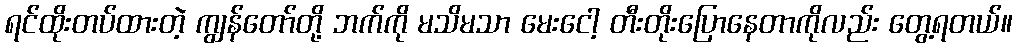
ရင်ထိုးတပ်ထားတဲ့ ကျွန်တော်တို့ ဘက်ကို မသိမသာ မေးငေါ့ တီးတိုးပြောနေတာကိုလည်း တွေ့ရတယ်။